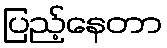
ပြည့်နေတာ